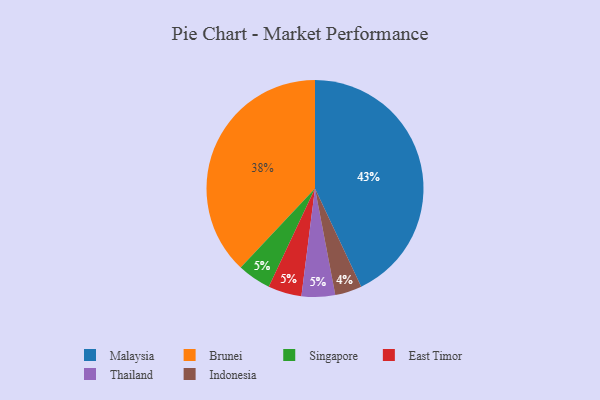
{"axis": {"x": "Category", "y": "Percentage"}, "legend": ["Brunei", "East Timor", "Indonesia", "Malaysia", "Singapore", "Thailand"], "data": [{"x": "Brunei", "y": 38, "type": "Brunei"}, {"x": "Indonesia", "y": 4, "type": "Indonesia"}, {"x": "Singapore", "y": 5, "type": "Singapore"}, {"x": "East Timor", "y": 5, "type": "East Timor"}, {"x": "Thailand", "y": 5, "type": "Thailand"}, {"x": "Malaysia", "y": 43, "type": "Malaysia"}]}